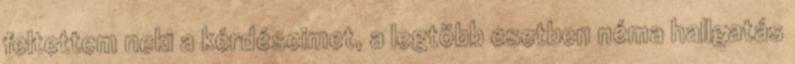
feltettem neki a kérdéseimet, a legtöbb esetben néma hallgatás